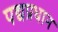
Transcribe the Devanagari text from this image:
पद्यप्रधान